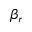
\beta _ { r }